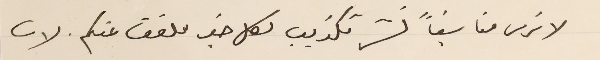
لا نرى مناسَباً نشر تكذيب لكل خبر ملفق عنكم. لان